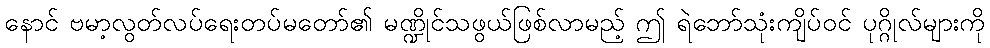
နောင် ဗမာ့လွတ်လပ်ရေးတပ်မတော်၏ မဏ္ဍိုင်သဖွယ်ဖြစ်လာမည့် ဤ ရဲဘော်သုံးကျိပ်ဝင် ပုဂ္ဂိုလ်များကို